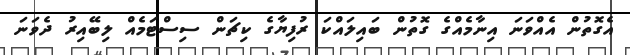
އެގޮތުން އެއްވަނަ އިނާމެއްގެ ގޮތުން ބައިލައްކަ ރުފިޔާގެ ކިޗަން ސިސްޓަމެއް ލިބޭއިރު ދެވަނަ